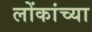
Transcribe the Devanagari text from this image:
लोंकांच्या